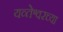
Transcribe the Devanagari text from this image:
यव्तेश्वरच्या